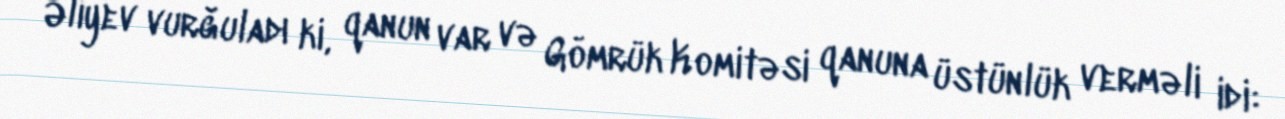
Əliyev vurğuladı ki, qanun var və Gömrük Komitəsi qanuna üstünlük verməli idi: